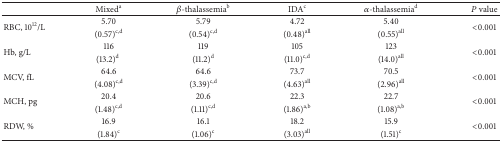
<table><thead><tr><td><b> </b></td><td><b>Mixed<sup>a</sup></b></td><td><b><i>β</i>-thalassemia<sup>b</sup></b></td><td><b>IDA<sup>c</sup></b></td><td><b><i>α</i>-thalassemia<sup>d</sup></b></td><td><b><i>P</i> value</b></td></tr></thead><tbody><tr><td rowspan="2">RBC, 10<sup>12</sup>/L</td><td>5.70 </td><td>5.79</td><td>4.72</td><td>5.40 </td><td rowspan="2">&lt;0.001</td></tr><tr><td>(0.57)<sup>c,d</sup></td><td> (0.54)<sup>c,d</sup></td><td> (0.48)<sup>all</sup></td><td>(0.55)<sup>all</sup></td></tr><tr><td rowspan="2">Hb, g/L</td><td>116 </td><td>119</td><td>105 </td><td>123 </td><td rowspan="2">&lt;0.001</td></tr><tr><td>(13.2)<sup>d</sup></td><td> (11.2)<sup>d</sup></td><td>(11.0)<sup>c,d</sup></td><td>(14.0)<sup>all</sup></td></tr><tr><td rowspan="2">MCV, fL</td><td>64.6 </td><td>64.6 </td><td>73.7</td><td>70.5 </td><td rowspan="2">&lt;0.001</td></tr><tr><td>(4.08)<sup>c,d</sup></td><td>(3.39)<sup>c,d</sup></td><td> (4.63)<sup>all</sup></td><td>(2.96)<sup>all</sup></td></tr><tr><td rowspan="2">MCH, pg</td><td>20.4 </td><td>20.6 </td><td>22.3 </td><td>22.7</td><td rowspan="2">&lt;0.001</td></tr><tr><td>(1.48)<sup>c,d</sup></td><td>(1.11)<sup>c,d</sup></td><td>(1.86)<sup>a,b</sup></td><td> (1.08)<sup>a,b</sup></td></tr><tr><td rowspan="2">RDW, %</td><td>16.9 </td><td>16.1</td><td>18.2</td><td>15.9</td><td rowspan="2">&lt;0.001</td></tr><tr><td>(1.84)<sup>c</sup></td><td> (1.06)<sup>c</sup></td><td> (3.03)<sup>all</sup></td><td> (1.51)<sup>c</sup></td></tr></tbody></table>